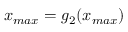
x _ { m a x } = g _ { 2 } ( x _ { m a x } )